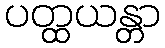
ပတ္ထယန္တာ